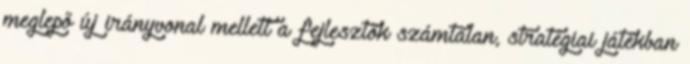
meglepő új irányvonal mellett a fejlesztők számtalan, stratégiai játékban